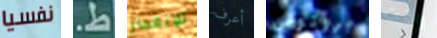
نفسيا ط. للإنفجار أعرف بروتوس وقت